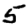
Digit: 5